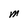
Character: M